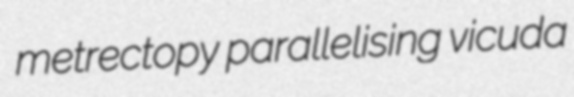
metrectopy parallelising vicuda